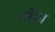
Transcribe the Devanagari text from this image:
चौहन